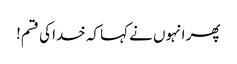
پھر انہوں نے کہا کہ خدا کی قسم!